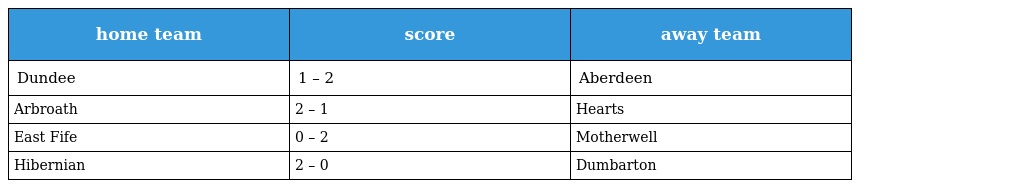
| home team | score | away team |
 | --- | --- | --- |
 | Dundee | 1 – 2 | Aberdeen |
 | Arbroath | 2 – 1 | Hearts |
 | East Fife | 0 – 2 | Motherwell |
 | Hibernian | 2 – 0 | Dumbarton |